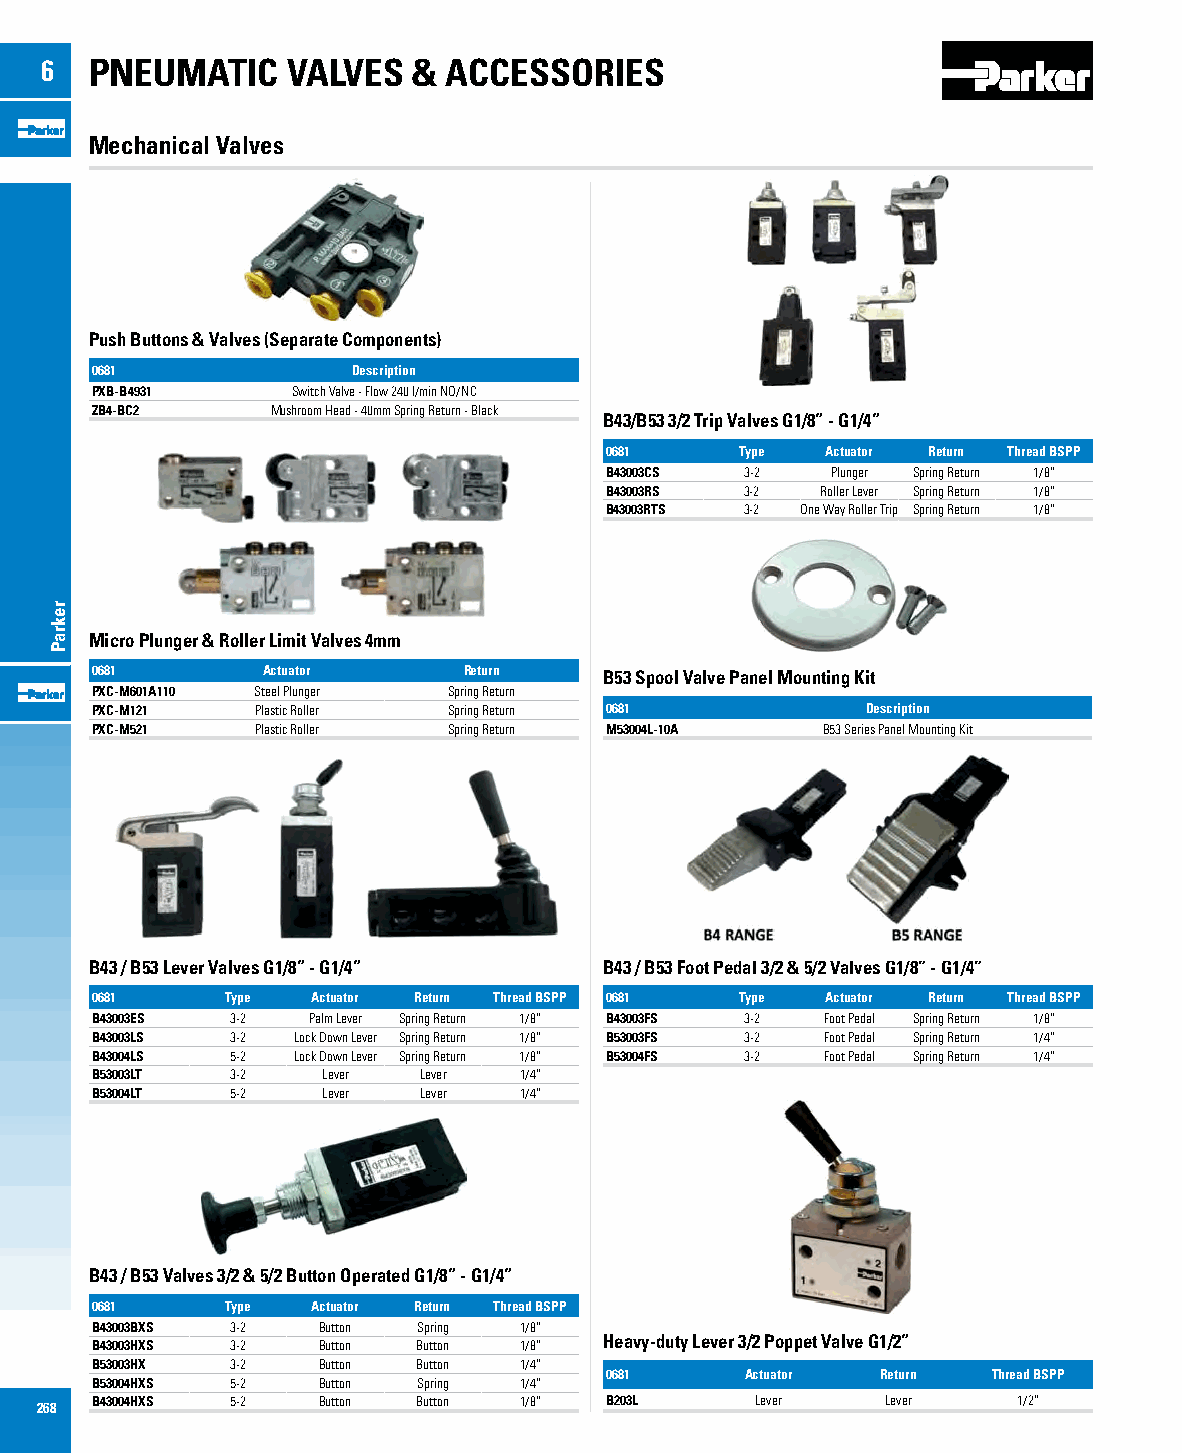
6  PNEUMATIC    VALVES  & ACCESSORIES
 Mechanical Valves
 Push Buttons & Valves (Separate Components)
 0681             Description
 PXB-B4931    Switch Valve - Flow 240 l/min NO/NC
 ZB4-BC2     Mushroom Head - 40mm Spring Return - Black
 B43/B53 3/2 Trip Valves G1/8” - G1/4”
 0681     Type  Actuator Return Thread BSPP
 B43003CS 3-2   Plunger Spring Return 1/8”
 B43003RS 3-2  Roller Lever Spring Return 1/8”
 B43003RTS 3-2 One Way Roller Trip Spring Return 1/8”
 Micro Plunger & Roller Limit Valves 4mm
 0681       Actuator      Return   B53 Spool Valve Panel Mounting Kit
 PXC-M601A110 Steel Plunger Spring Return
 PXC-M121   Plastic Roller Spring Return 0681       Description
 PXC-M521   Plastic Roller Spring Return M53004L-10A B53 Series Panel Mounting Kit
 B43 / B53 Lever Valves G1/8” - G1/4” B43 / B53 Foot Pedal 3/2 & 5/2 Valves G1/8” - G1/4”
 0681     Type  Actuator Return Thread BSPP 0681 Type Actuator Return Thread BSPP
 B43003ES 3-2  Palm Lever Spring Return 1/8” B43003FS 3-2 Foot Pedal Spring Return 1/8”
 B43003LS 3-2 Lock Down Lever Spring Return 1/8” B53003FS 3-2 Foot Pedal Spring Return 1/4”
 B43004LS 5-2 Lock Down Lever Spring Return 1/8” B53004FS 3-2 Foot Pedal Spring Return 1/4”
 B53003LT 3-2   Lever  Lever 1/4”
 B53004LT 5-2   Lever  Lever 1/4”
 B43 / B53 Valves 3/2 & 5/2 Button Operated G1/8” - G1/4”
 0681     Type  Actuator Return Thread BSPP
 B43003BXS 3-2  Button Spring 1/8”
 Heavy-duty Lever 3/2 Poppet Valve G1/2”
 B43003HXS 3-2  Button Button 1/8”
 B53003HX 3-2   Button Button 1/4”
 0681     Actuator Return  Thread BSPP
 B53004HXS 5-2  Button Spring 1/4”
 268 B43004HXS 5-2  Button Button 1/8” B203L     Lever    Lever   1/2”
 rekraP